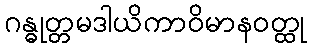
ဂန္ဓုတ္တမဒါယိကာဝိမာနဝတ္ထု